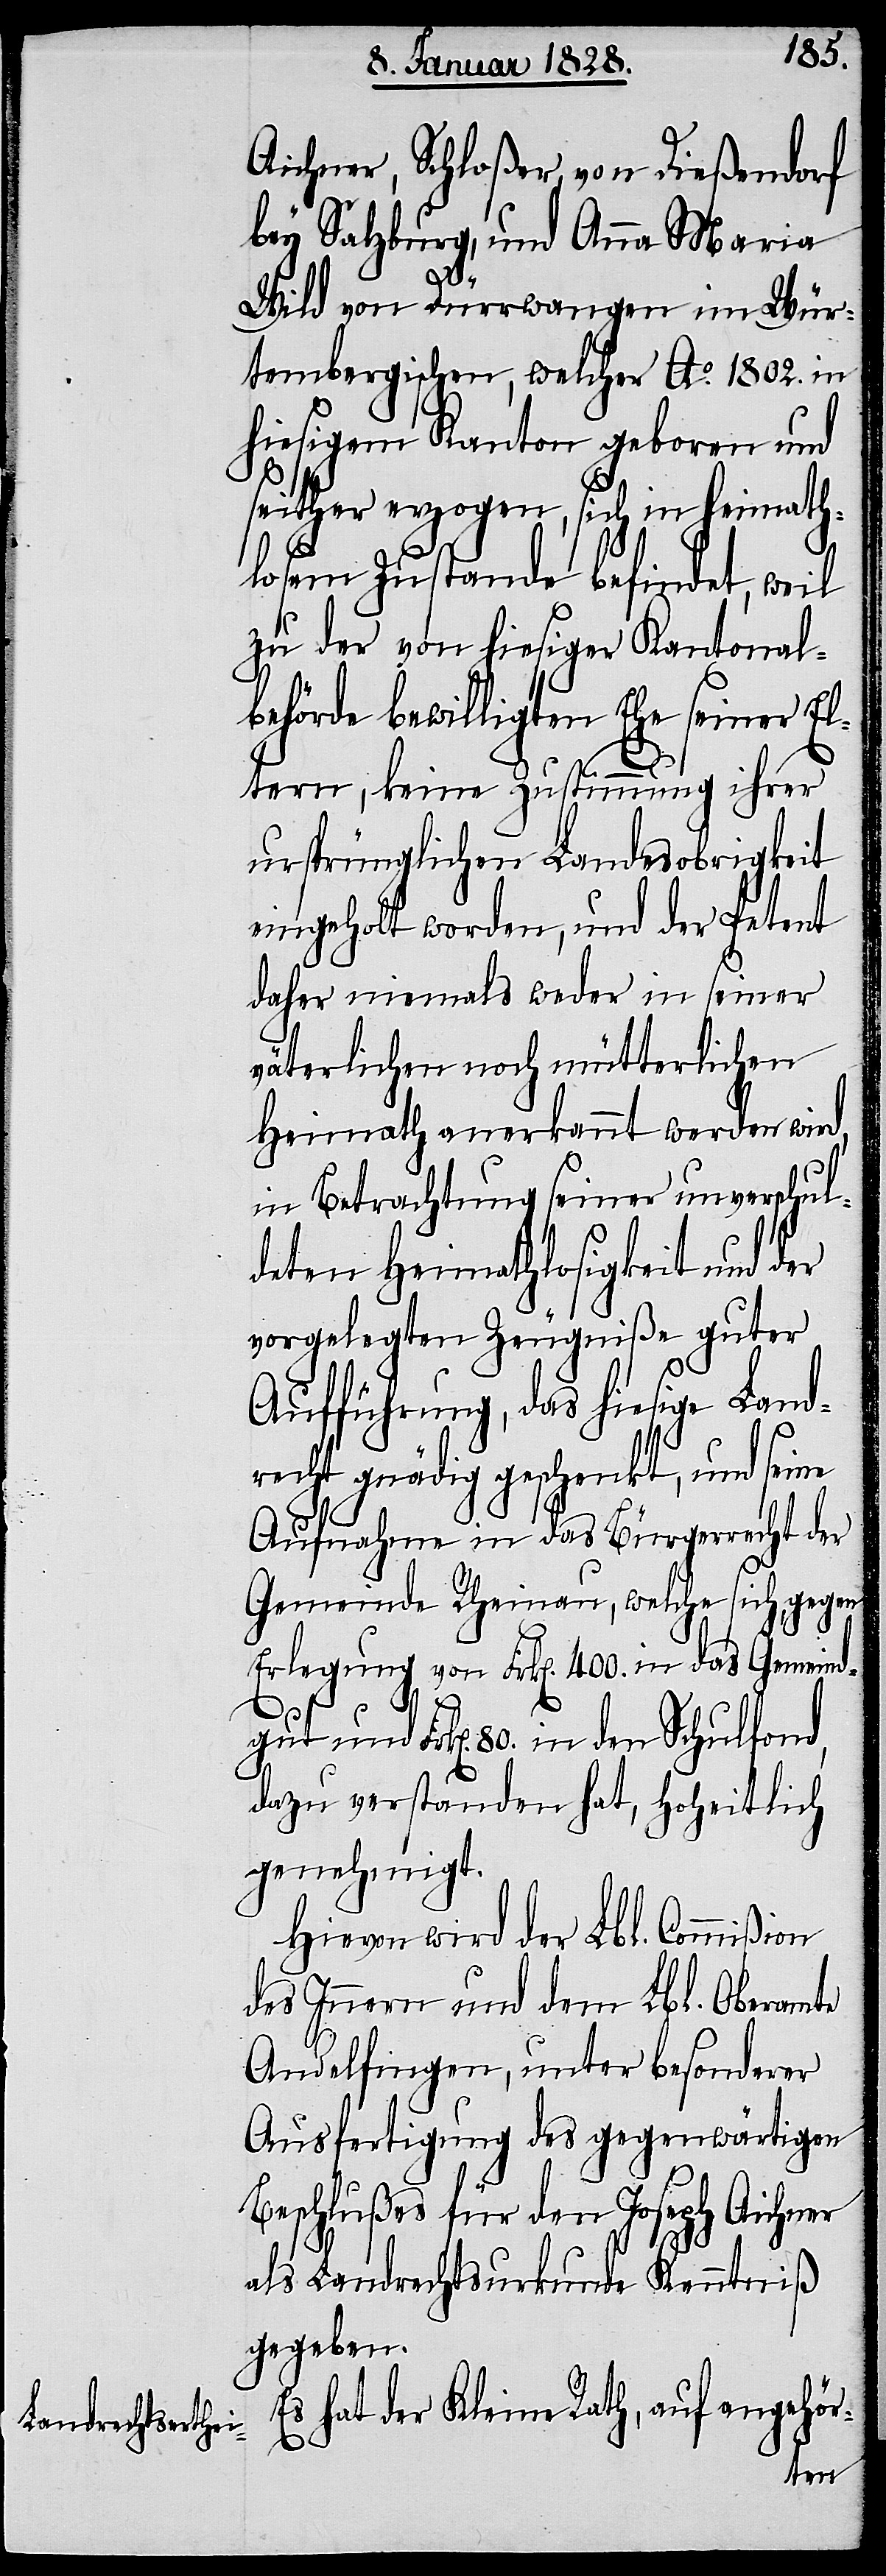
Aichner, Schloßer von Dießendorf
bey Salzburg, und Anna Maria
Wild von Dürrwangen im Wür¬
tembergischen, welcher Ao. 1802. in
hiesigem Kanton geboren und
seither erzogen, sich in heimath¬
losem Zustande befindet, weil
zu der von hiesiger Kantonal¬
behörde bewilligten Ehe seiner El¬
tern, keine Zustimmung ihrer
ursprünglichen Landesobrigkeit
eingeholt worden, und der Petent
daher niemals weder in seiner
väterlichen noch mütterlichen
Heimath anerkannt werden wird,
in Betrachtung seiner unverschul¬
deten Heimathlosigkeit und der
vorgelegten Zeugniße guter
Aufführung, das hiesige Land¬
recht gnädig geschenkt, und seine
Aufnahme in das Bürgerrecht der
Gemeinde Rheinau, welche sich, gegen
Erlegung von Frk[en]. 400. in das Gemeind¬
gut und Frk[en]. 80. in den Schulfond,
dazu verstanden hat, hoheitlich
genehmigt.
Hievon wird der Lbl. Commißion
des Innern und dem Lbl. Oberamte
Andelfingen, unter besonderer
Ausfertigung des gegenwärtigen
Beschlußes für den Joseph Aichner
als Landrechtsurkunde Kenntniß
gegeben.
Es hat der Kleine Rath, auf angehör-